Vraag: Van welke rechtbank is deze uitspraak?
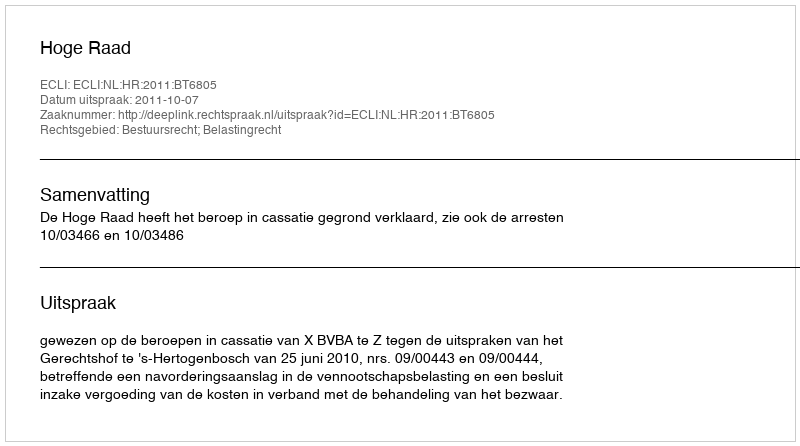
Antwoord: Hoge Raad